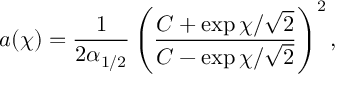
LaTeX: a ( \chi ) = \frac { 1 } { 2 \alpha _ { 1 / 2 } } \left( \frac { C + \exp \chi / \sqrt { 2 } } { C - \exp \chi / \sqrt { 2 } } \right) ^ { 2 } ,